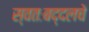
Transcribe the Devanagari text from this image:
स्वतःबद्दलचे